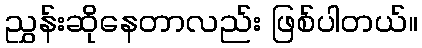
ညွှန်းဆိုနေတာလည်း ဖြစ်ပါတယ်။